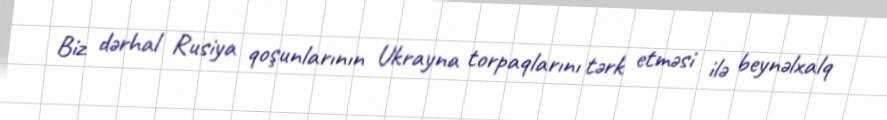
Biz dərhal Rusiya qoşunlarının Ukrayna torpaqlarını tərk etməsi ilə beynəlxalq